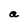
Character: a